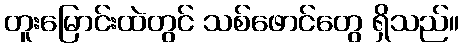
တူးမြောင်းထဲတွင် သစ်ဖောင်တွေ ရှိသည်။